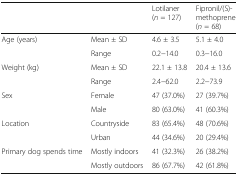
<table><thead><tr><td></td><td></td><td><b>Lotilaner(<i>n</i> = 127)</b></td><td><b>Fipronil/(S)-methoprene(<i>n</i> = 68)</b></td></tr></thead><tbody><tr><td rowspan="2">Age (years)</td><td>Mean ± SD</td><td>4.6 ± 3.5</td><td>5.1 ± 4.0</td></tr><tr><td>Range</td><td>0.2−14.0</td><td>0.3−16.0</td></tr><tr><td rowspan="2">Weight (kg)</td><td>Mean ± SD</td><td>22.1 ± 13.8</td><td>20.4 ± 13.6</td></tr><tr><td>Range</td><td>2.4−62.0</td><td>2.2−73.9</td></tr><tr><td rowspan="2">Sex</td><td>Female</td><td>47 (37.0%)</td><td>27 (39.7%)</td></tr><tr><td>Male</td><td>80 (63.0%)</td><td>41 (60.3%)</td></tr><tr><td rowspan="2">Location</td><td>Countryside</td><td>83 (65.4%)</td><td>48 (70.6%)</td></tr><tr><td>Urban</td><td>44 (34.6%)</td><td>20 (29.4%)</td></tr><tr><td rowspan="2">Primary dog spends time</td><td>Mostly indoors</td><td>41 (32.3%)</td><td>26 (38.2%)</td></tr><tr><td>Mostly outdoors</td><td>86 (67.7%)</td><td>42 (61.8%)</td></tr></tbody></table>